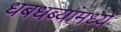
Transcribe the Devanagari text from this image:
धबधब्यांमध्ये